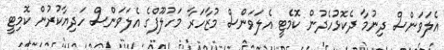
އެލަވަންސް ދިނުމާ ދެކޮޅުހެދުން ކޮމެޓީ އެލަވަންސް މުޒާހަރާ މަހުލޫފްގެ އެލަވަންސް ހަދިޔާކުރުން ކޮމިޓީ